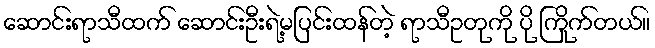
ဆောင်းရာသီထက် ဆောင်းဦးရဲ့မပြင်းထန်တဲ့ ရာသီဥတုကို ပို ကြိုက်တယ်။